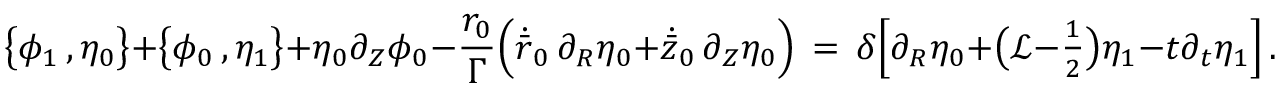
\bigl \{ \phi _ { 1 } \, , \eta _ { 0 } \bigr \} + \bigl \{ \phi _ { 0 } \, , \eta _ { 1 } \bigr \} + \eta _ { 0 } \partial _ { Z } \phi _ { 0 } - \frac { { r _ { 0 } } } { \Gamma } \Bigl ( \dot { \bar { r } } _ { 0 } \, \partial _ { R } \eta _ { 0 } + \dot { \bar { z } } _ { 0 } \, \partial _ { Z } \eta _ { 0 } \Bigr ) \, = \, \delta \Bigl [ \partial _ { R } \eta _ { 0 } + \bigl ( \mathcal { L } - { \textstyle \frac 1 2 } \bigr ) \eta _ { 1 } - t \partial _ { t } \eta _ { 1 } \Bigr ] \, .